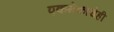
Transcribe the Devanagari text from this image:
एकमेकांचेही